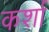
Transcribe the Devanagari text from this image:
कर्शा